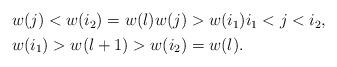
LaTeX: \begin{align*}\begin{aligned} &w(j)<w(i_2)=w(l)w(j)>w(i_1)i_1<j<i_2,\\ &w(i_1)>w(l+1)>w(i_2)=w(l).\end{aligned}\end{align*}